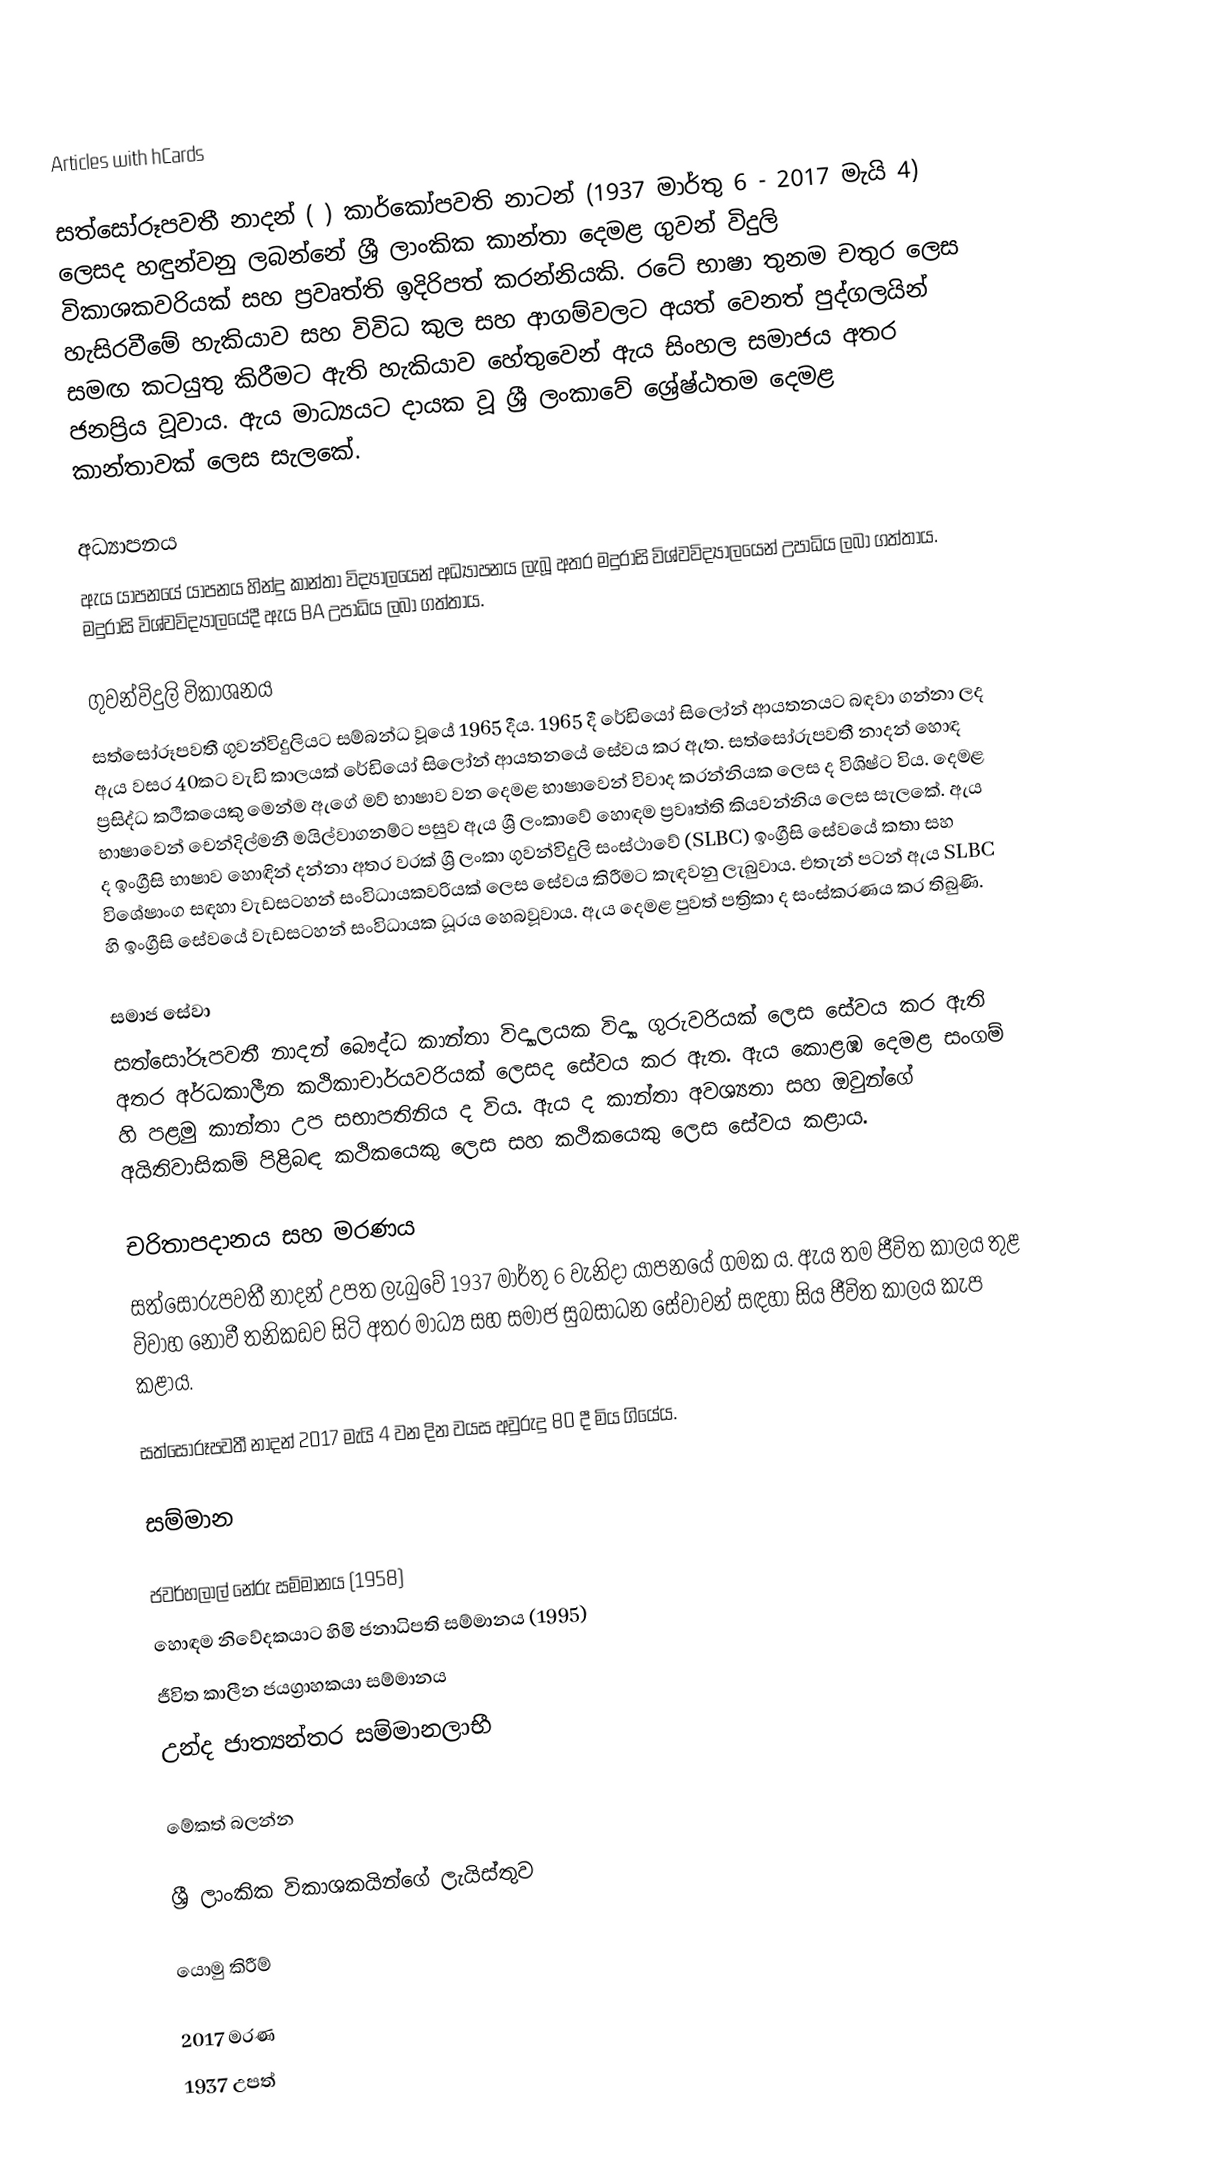
Articles with hCards

සත්සෝරූපවතී නාදන් (    ) කාර්කෝපවති නාටන් (1937 මාර්තු 6 - 2017 මැයි 4) ලෙසද හඳුන්වනු ලබන්නේ ශ්‍රී ලාංකික කාන්තා දෙමළ ගුවන් විදුලි විකාශකවරියක් සහ ප්‍රවෘත්ති ඉදිරිපත් කරන්නියකි. රටේ භාෂා තුනම චතුර ලෙස හැසිරවීමේ හැකියාව සහ විවිධ කුල සහ ආගම්වලට අයත් වෙනත් පුද්ගලයින් සමඟ කටයුතු කිරීමට ඇති හැකියාව හේතුවෙන් ඇය සිංහල සමාජය අතර ජනප්‍රිය වූවාය. ඇය මාධ්‍යයට දායක වූ ශ්‍රී ලංකාවේ ශ්‍රේෂ්ඨතම දෙමළ කාන්තාවක් ලෙස සැලකේ.

අධ්‍යාපනය
ඇය යාපනයේ යාපනය හින්දු කාන්තා විද්‍යාලයෙන් අධ්‍යාපනය ලැබූ අතර මදුරාසි විශ්වවිද්‍යාලයෙන් උපාධිය ලබා ගත්තාය. මදුරාසි විශ්වවිද්‍යාලයේදී ඇය BA උපාධිය ලබා ගත්තාය.

ගුවන්විදුලි විකාශනය
සත්සෝරූපවතී ගුවන්විදුලියට සම්බන්ධ වූයේ 1965 දීය. 1965 දී රේඩියෝ සිලෝන් ආයතනයට බඳවා ගන්නා ලද ඇය වසර 40කට වැඩි කාලයක් රේඩියෝ සිලෝන් ආයතනයේ සේවය කර ඇත. සත්සෝරුපවතී නාදන් හොඳ ප්‍රසිද්ධ කථිකයෙකු මෙන්ම ඇගේ මව් භාෂාව වන දෙමළ භාෂාවෙන් විවාද කරන්නියක ලෙස ද විශිෂ්ට විය. දෙමළ භාෂාවෙන් චෙන්දිල්මනී මයිල්වාගනම්ට පසුව ඇය ශ්‍රී ලංකාවේ හොඳම ප්‍රවෘත්ති කියවන්නිය ලෙස සැලකේ. ඇය ද ඉංග්‍රීසි භාෂාව හොඳින් දන්නා අතර වරක් ශ්‍රී ලංකා ගුවන්විදුලි සංස්ථාවේ (SLBC) ඉංග්‍රීසි සේවයේ කතා සහ විශේෂාංග සඳහා වැඩසටහන් සංවිධායකවරියක් ලෙස සේවය කිරීමට කැඳවනු ලැබුවාය. එතැන් පටන් ඇය SLBC හි ඉංග්‍රීසි සේවයේ වැඩසටහන් සංවිධායක ධූරය හෙබවූවාය. ඇය දෙමළ පුවත් පත්‍රිකා ද සංස්කරණය කර තිබුණි.

සමාජ සේවා
සත්සෝරූපවතී නාදන් බෞද්ධ කාන්තා විද්‍යාලයක විද්‍යා ගුරුවරියක් ලෙස සේවය කර ඇති අතර අර්ධකාලීන කථිකාචාර්යවරියක් ලෙසද සේවය කර ඇත. ඇය කොළඹ දෙමළ සංගම් හි පළමු කාන්තා උප සභාපතිනිය ද විය. ඇය ද කාන්තා අවශ්‍යතා සහ ඔවුන්ගේ අයිතිවාසිකම් පිළිබඳ කථිකයෙකු ලෙස සහ කථිකයෙකු ලෙස සේවය කළාය.

චරිතාපදානය සහ මරණය
සත්සෝරුපවතී නාදන් උපත ලැබුවේ 1937 මාර්තු 6 වැනිදා යාපනයේ ගමක ය. ඇය තම ජීවිත කාලය තුළ විවාහ නොවී තනිකඩව සිටි අතර මාධ්‍ය සහ සමාජ සුබසාධන සේවාවන් සඳහා සිය ජීවිත කාලය කැප කළාය.

සත්සෝරූපවතී නාදන් 2017 මැයි 4 වන දින වයස අවුරුදු 80 දී මිය ගියේය.

සම්මාන

 ජවර්හලාල් නේරු සම්මානය (1958)
 හොඳම නිවේදකයාට හිමි ජනාධිපති සම්මානය (1995)
 ජීවිත කාලීන ජයග්‍රාහකයා සම්මානය
 උන්ද ජාත්‍යන්තර සම්මානලාභී

මේකත් බලන්න

 ශ්‍රී ලාංකික විකාශකයින්ගේ ලැයිස්තුව

යොමු කිරීම්

2017 මරණ
1937 උපත්